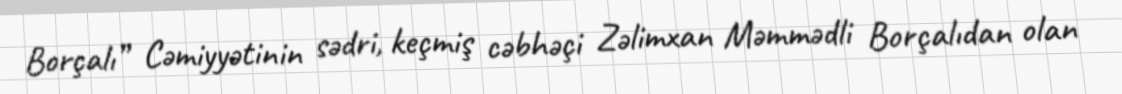
Borçalı” Cəmiyyətinin sədri, keçmiş cəbhəçi Zəlimxan Məmmədli Borçalıdan olan